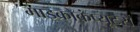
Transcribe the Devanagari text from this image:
माइक्रोकंप्यूटरों